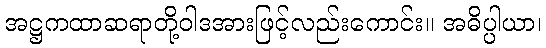
အဋ္ဌကထာဆရာတို့ဝါဒအားဖြင့်လည်းကောင်း။ အဓိပ္ပါယာ၊